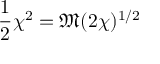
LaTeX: { \frac { 1 } { 2 } } \chi ^ { 2 } = { \mathfrak { M } } ( 2 \chi ) ^ { 1 / 2 }